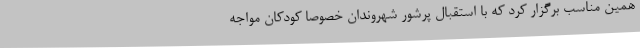
همین مناسب برگزار کرد که با استقبال پرشور شهروندان خصوصا کودکان مواجه